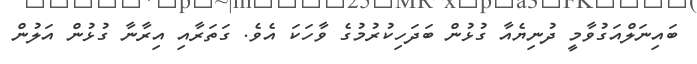
ބައިނަލްއަގުވާމީ ދުނިޔެއާ ގުޅުން ބަދަހިކުރުމުގެ ވާހަކަ އެވެ. ގަތަރާއި އިރާނާ ގުޅުން އަލުން